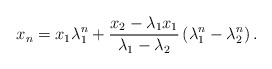
\begin{align*}x_n=x_1\lambda_1^n+\frac{x_2-\lambda_1x_1}{\lambda_1-\lambda_2}\left(\lambda_1^n-\lambda_2^n\right).\end{align*}